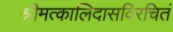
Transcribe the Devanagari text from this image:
श्रीमत्कालिदासविरचितं